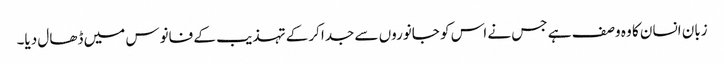
زبان انسان کا وہ وصف ہے جس نے اس کو جانوروں سے جدا کرکے تہذیب کے فانوس میں ڈھال دیا۔